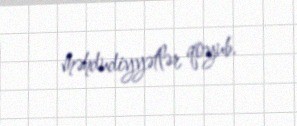
məhdudiyyətlər qoyub.